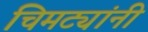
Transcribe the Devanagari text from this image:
चिमट्यांनी